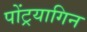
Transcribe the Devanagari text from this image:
पोंट्रयागिन